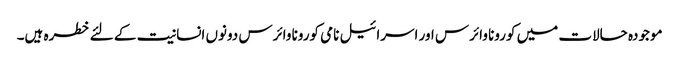
موجودہ حالات میں کورونا وائرس اور اسرائیل نامی کورونا وائرس دونوں انسانیت کے لئے خطرہ ہیں۔